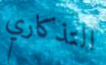
التذكاري